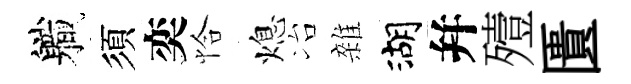
軄須奕恰熄冶雜湖幷殪匱